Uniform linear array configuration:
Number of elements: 16
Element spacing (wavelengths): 1
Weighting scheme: cosine
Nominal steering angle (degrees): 60
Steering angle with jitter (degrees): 59.403
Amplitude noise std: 0.05
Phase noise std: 0.05

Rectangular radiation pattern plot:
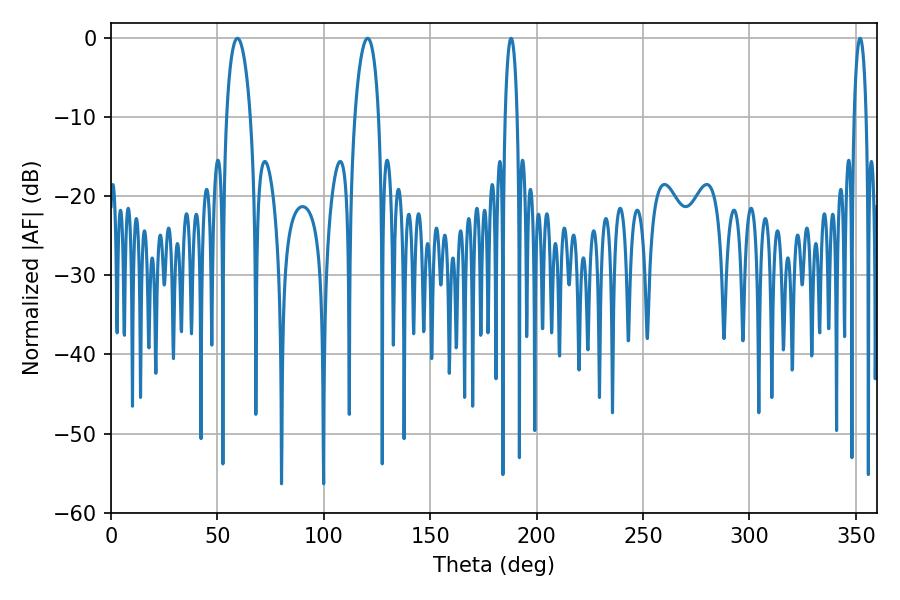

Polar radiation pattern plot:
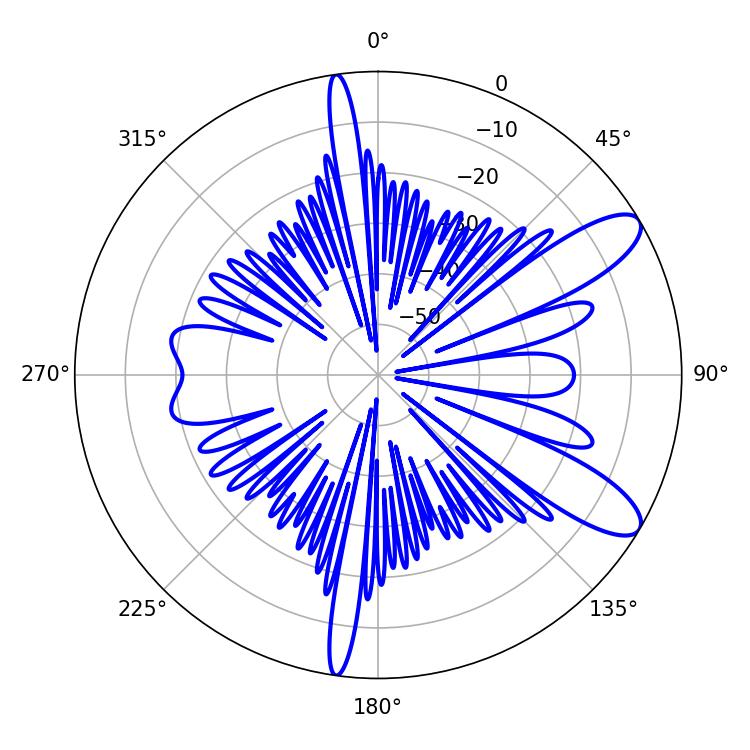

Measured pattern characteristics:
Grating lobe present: TRUE
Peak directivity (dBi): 10.296
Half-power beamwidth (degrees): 6.48
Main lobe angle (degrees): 59.4